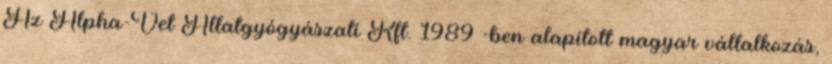
Az Alpha-Vet Állatgyógyászati Kft. 1989 -ben alapított magyar vállalkozás,